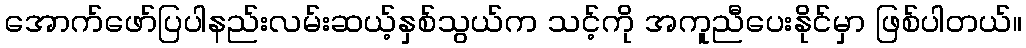
အောက်ဖော်ပြပါနည်းလမ်းဆယ့်နှစ်သွယ်က သင့်ကို အကူညီပေးနိုင်မှာ ဖြစ်ပါတယ်။